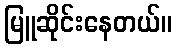
မြူဆိုင်းနေတယ်။